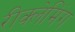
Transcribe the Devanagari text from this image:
रीक्लेमिंग